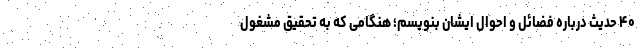
۴۰ حدیث درباره فضائل و احوال ایشان بنویسم؛ هنگامی که به تحقیق مشغول